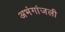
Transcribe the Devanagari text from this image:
अभंगांजली